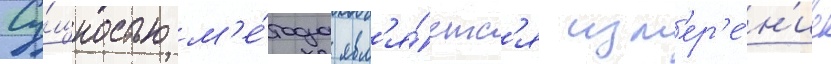
Су́щностью м'е́тода явл'я́етс'я изм'ер'е́н'ие